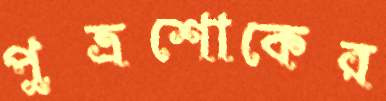
পুত্রশোকের